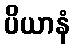
ပိယာနံ